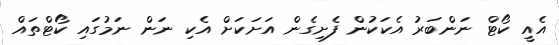
އެއީ ކޯޓް ނަންބަރު އެކަކުން ފެށިގެން އަށަކަށް އެކި ނަން ނަމުގައި ކޯޓްތައް